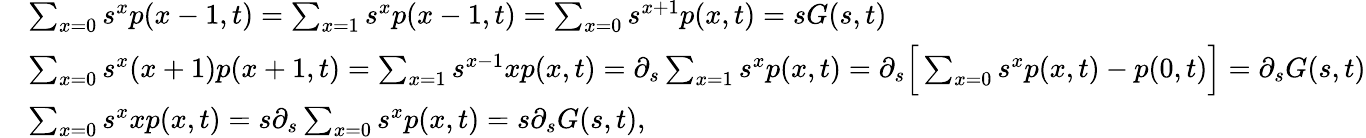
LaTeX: \begin{array}{rl}&{\sum_{x=0}s^{x}p(x-1,t)=\sum_{x=1}s^{x}p(x-1,t)=\sum_{x=0}s^{x+1}p(x,t)=sG(s,t)}\\ &{\sum_{x=0}s^{x}(x+1)p(x+1,t)=\sum_{x=1}s^{x-1}xp(x,t)=\partial_{s}\sum_{x=1}s^{x}p(x,t)=\partial_{s}\Big[\sum_{x=0}s^{x}p(x,t)-p(0,t)\Big]=\partial_{s}G(s,t)}\\ &{\sum_{x=0}s^{x}xp(x,t)=s\partial_{s}\sum_{x=0}s^{x}p(x,t)=s\partial_{s}G(s,t),}\end{array}